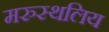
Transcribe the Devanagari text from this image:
मरुस्थलिय